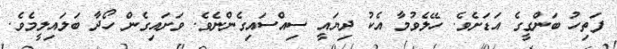
ފަތިހު ބަންގީގެ އަޑަށެވެ. ހޭލެވުމާ އެކު ދިޔައީ ސިއްސައިގެންނެވެ. ވަށައިގެން ހޯދާ ބަލައިލީމެވެ.